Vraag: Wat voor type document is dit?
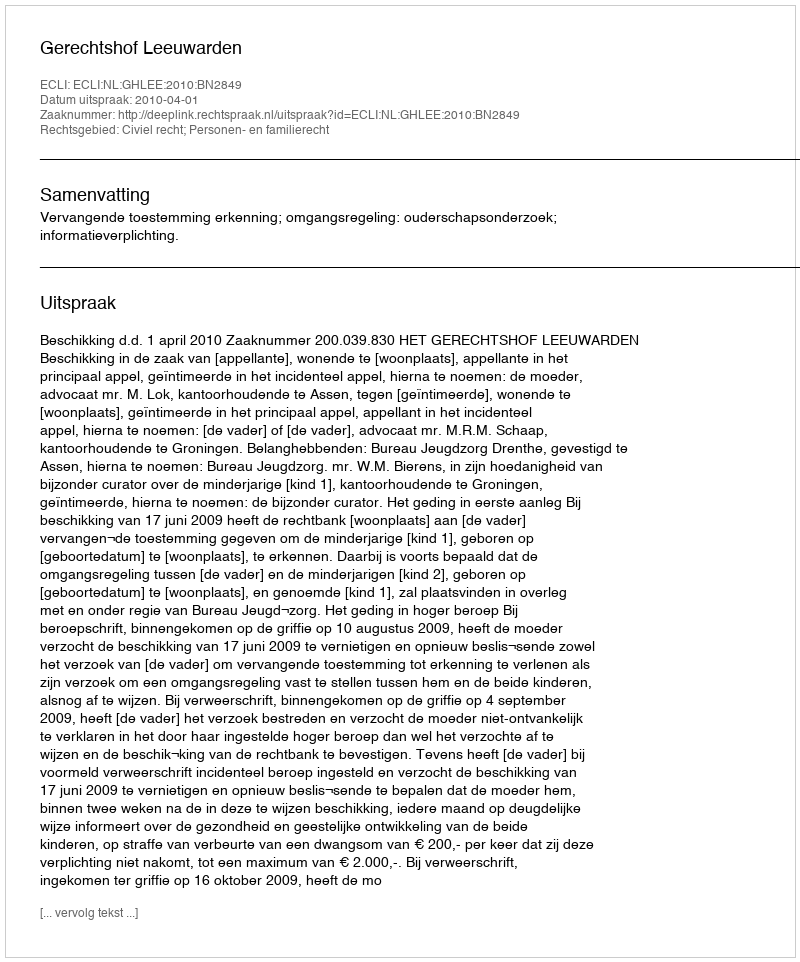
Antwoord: Uitspraak